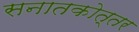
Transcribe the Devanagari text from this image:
सनातकोत्तर